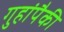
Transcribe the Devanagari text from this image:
गुहांपैकी